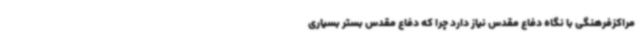
مراکزفرهنگی با نگاه دفاع مقدس نیاز دارد چرا که دفاع مقدس بستر بسیاری